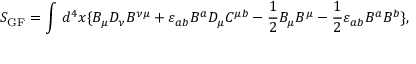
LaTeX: S _ { \mathrm { G F } } = \int \, d ^ { 4 } x \{ B _ { \mu } D _ { \nu } B ^ { \nu \mu } + \varepsilon _ { a b } B ^ { a } D _ { \mu } C ^ { \mu b } - \frac { 1 } { 2 } B _ { \mu } B ^ { \mu } - \frac { 1 } { 2 } \varepsilon _ { a b } B ^ { a } B ^ { b } \} ,